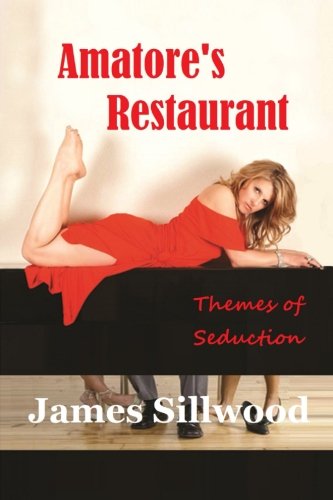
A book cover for Amatore's Restaurant: Themes of Seduction; James Sillwood; Romance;